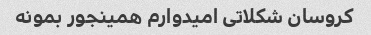
کروسان شکلاتی امیدوارم همینجور بمونه